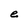
Character: e